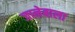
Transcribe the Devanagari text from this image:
जानेबाला